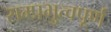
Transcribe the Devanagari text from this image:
सम्प्रभुत्वपूर्ण